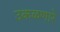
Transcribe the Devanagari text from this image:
उकळणारे